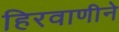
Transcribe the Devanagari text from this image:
हिरवाणीने